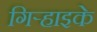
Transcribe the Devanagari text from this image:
गिऱ्हाइके